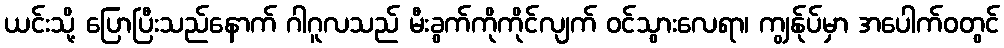
ယင်းသို့ ပြောပြီးသည်နောက် ဂါဂူလသည် မီးခွက်ကိုကိုင်လျက် ဝင်သွားလေရာ၊ ကျွန်ုပ်မှာ အပေါက်ဝတွင်